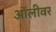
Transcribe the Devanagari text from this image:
ऑलीवर